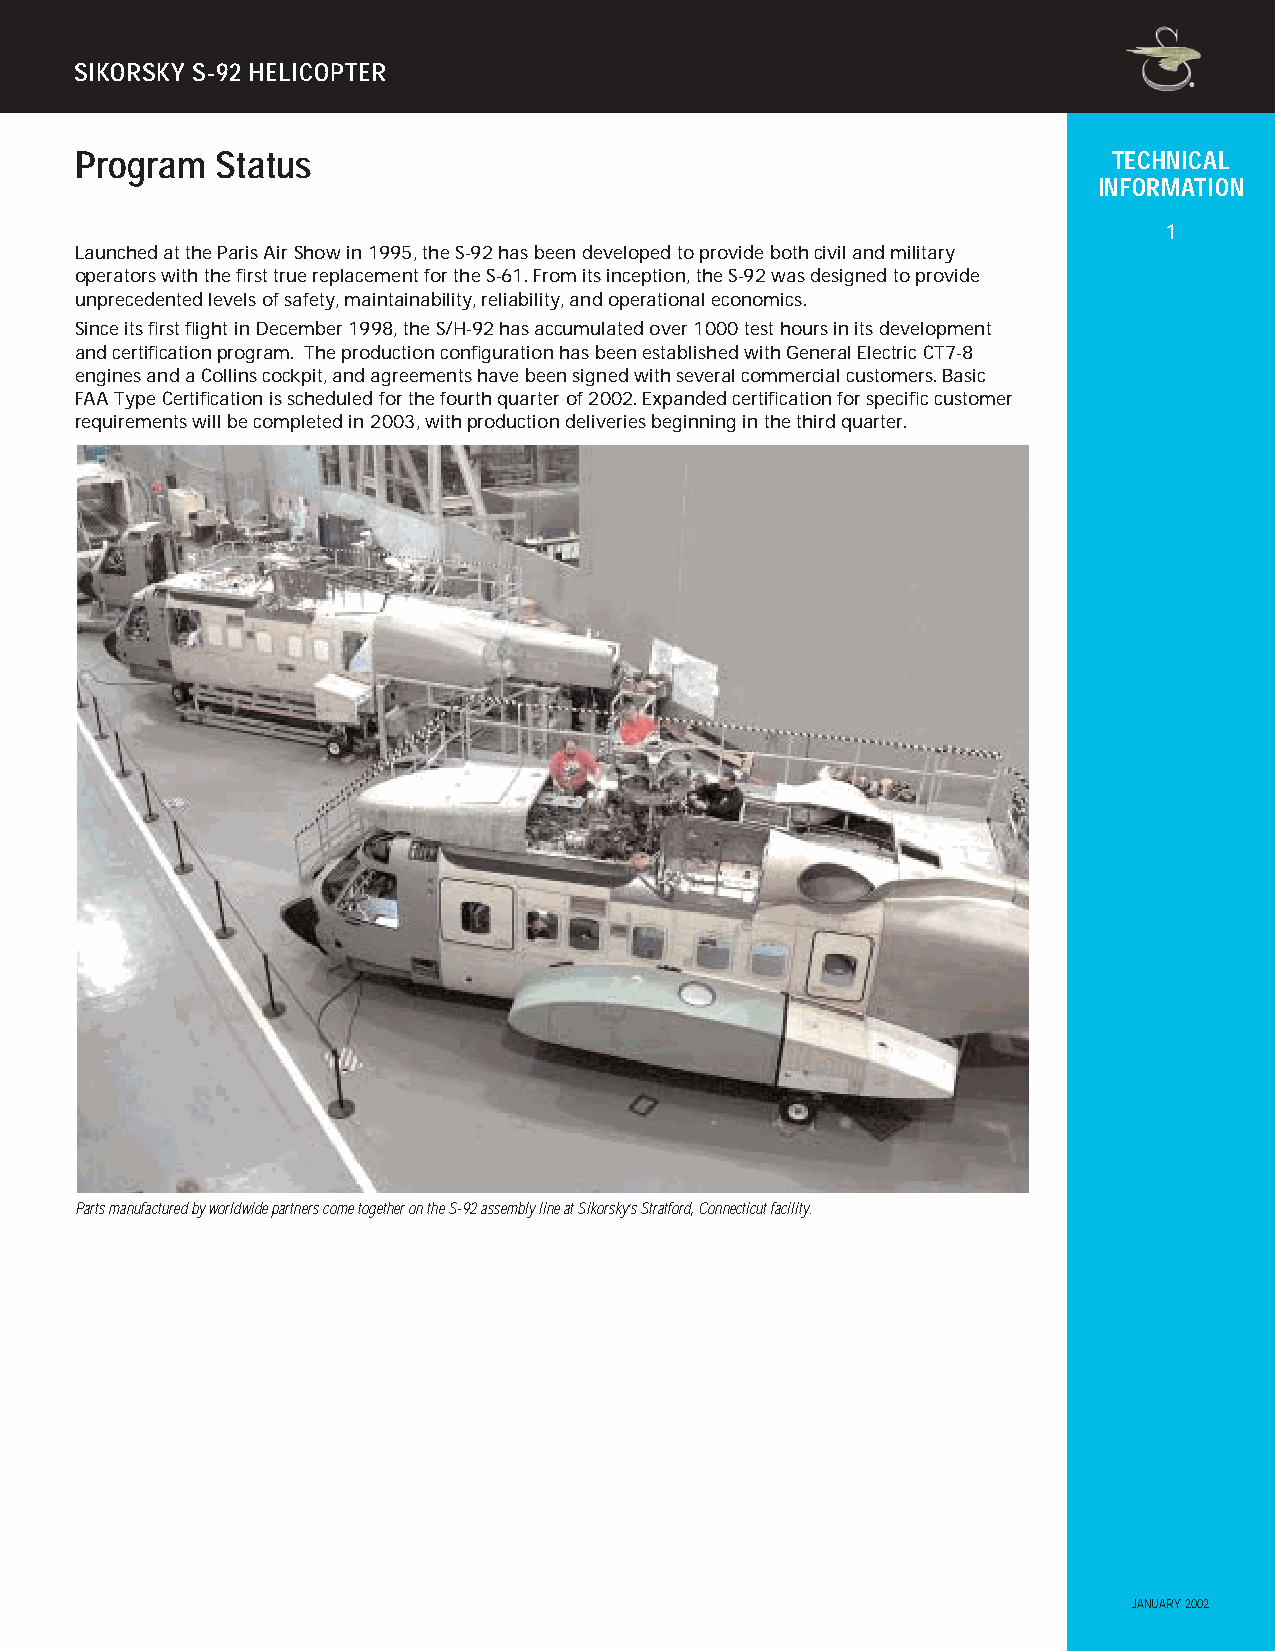
SSIIKKOORRSSKKYY SS--9922 HHEELLIICCOOPPTTEERR
 Program  Status                                                      TECHNICAL
 INFORMATION
 1
 Launched at the Paris Air Show in 1995, the S-92 has been developed to provide both civil and military
 operators with the first true replacement for the S-61. From its inception, the S-92 was designed to provide
 unprecedented levels of safety, maintainability, reliability, and operational economics.
 Since its first flight in December 1998, the S/H-92 has accumulated over 1000 test hours in its development
 and certification program. The production configuration has been established with General Electric CT7-8
 engines and a Collins cockpit, and agreements have been signed with several commercial customers. Basic
 FAA Type Certification is scheduled for the fourth quarter of 2002. Expanded certification for specific customer
 requirements will be completed in 2003, with production deliveries beginning in the third quarter.
 Parts manufactured by worldwide partners come together on the S-92 assembly line at Sikorsky’s Stratford, Connecticut facility.
 JANUARY 2002